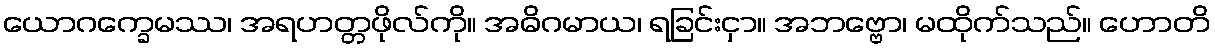
ယောဂက္ခေမဿ၊ အရဟတ္တဖိုလ်ကို။ အဓိဂမာယ၊ ရခြင်းငှာ။ အဘဗ္ဗော၊ မထိုက်သည်။ ဟောတိ